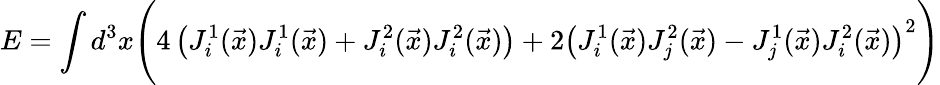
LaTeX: E=\int d^{3}x\Biggl(4\left(J_{i}^{1}(\vec{x})J_{i}^{1}(\vec{x})+J_{i}^{2}(\vec{x})J_{i}^{2}(\vec{x})\right)+2\left(J_{i}^{1}(\vec{x})J_{j}^{2}(\vec{x})-J_{j}^{1}(\vec{x})J_{i}^{2}(\vec{x})\right)^{2}\Biggr)